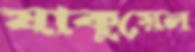
যাকুয়েল